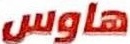
هاوس